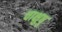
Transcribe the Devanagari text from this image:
चाक्षुषु